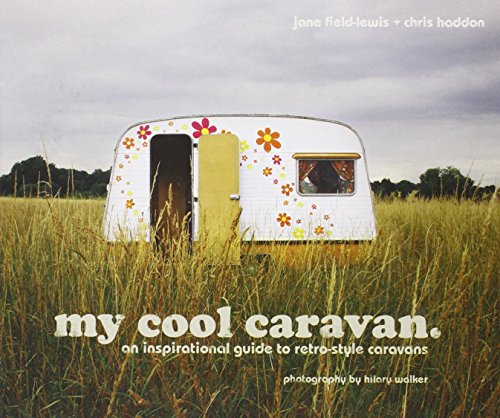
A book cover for My Cool Caravan: An Inspirational Guide to Retro-Style Caravans; Jane Field-Lewis; Engineering & Transportation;